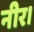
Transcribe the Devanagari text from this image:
नीर।